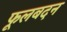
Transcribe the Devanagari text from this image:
फूलबदन